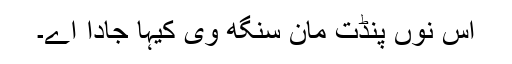
اس نوں پنڈت مان سنگھ وی کیہا جادا اے۔